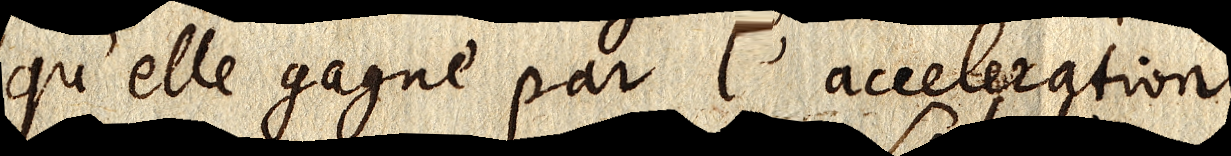
qu’elle gagne par l’acceleration